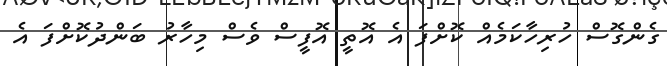
ގެންގޮސް ހުރިހާކަމެއް ކޮށްފަ އެ އޮތީ އޮފީސް ވެސް މިހާރު ބަންދުކޮށްފަ އެ